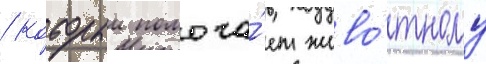
/ которыи помога́ет живо́тному